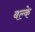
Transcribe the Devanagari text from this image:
बल्के